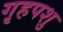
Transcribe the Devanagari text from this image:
गृहपशु